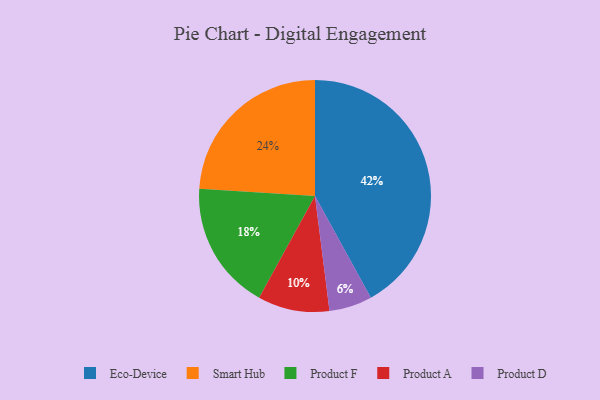
{"axis": {"x": "Category", "y": "Percentage"}, "legend": ["Eco-Device", "Product A", "Product D", "Product F", "Smart Hub"], "data": [{"x": "Product F", "y": 18, "type": "Product F"}, {"x": "Smart Hub", "y": 24, "type": "Smart Hub"}, {"x": "Product D", "y": 6, "type": "Product D"}, {"x": "Eco-Device", "y": 42, "type": "Eco-Device"}, {"x": "Product A", "y": 10, "type": "Product A"}]}